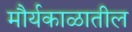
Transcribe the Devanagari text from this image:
मौर्यकाळातील